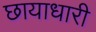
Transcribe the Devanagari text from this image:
छायाधारी